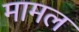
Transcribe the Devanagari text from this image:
मामल